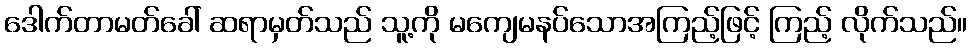
ဒေါက်တာမတ်ခေါ် ဆရာမှတ်သည် သူ့ကို မကျေမနပ်သောအကြည့်ဖြင့် ကြည့် လိုက်သည်။